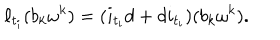
LaTeX: \ell _ { t _ { i } } ( b _ { k } \omega ^ { k } ) = ( i _ { t _ { i } } d + d i _ { t _ { i } } ) ( b _ { k } \omega ^ { k } ) .